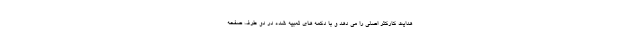
هدایت کارکتر اصلی را می دهد و با دکمه های تعبیه شده در دو طرف صفحه